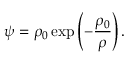
\psi = \rho _ { 0 } \exp \left( - \frac { \rho _ { 0 } } { \rho } \right) .